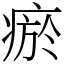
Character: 瘀